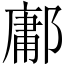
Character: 鄘